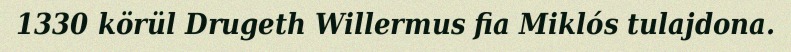
1330 körül Drugeth Willermus fia Miklós tulajdona.